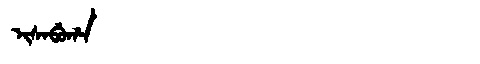
Manchu: ᡳᠰᠠᠪᡠᡥᠠ
Romanization: ISABUHA